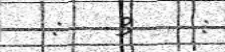
:   3    :